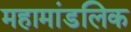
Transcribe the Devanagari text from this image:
महामांडलिक